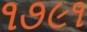
૧૭૯૧